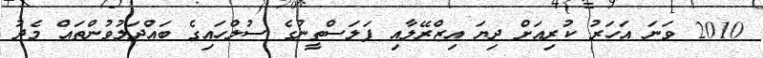
2010 ވަނަ އަހަރު ކުރިއަށް ދިޔަ އިޒްރޭލާއި ފަލަސްތީނުގެ ސުލްހައިގެ ބައްދަލުވުންތައް މެދު